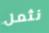
نثمل